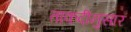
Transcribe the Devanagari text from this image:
ताकदीनुसार